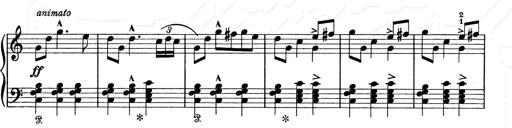
Title: 6 Polish Songs
Composer: Franz Liszt